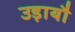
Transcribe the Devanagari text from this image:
उड़ायौ